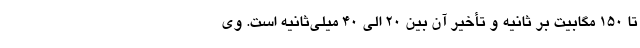
تا ۱۵۰ مگابیت بر ثانیه و تأخیر آن بین ۲۰ الی ۴۰ میلی‌ثانیه است. وی